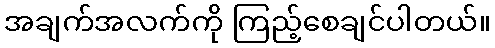
အချက်အလက်ကို ကြည့်စေချင်ပါတယ်။